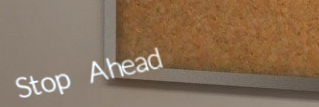
Stop Ahead